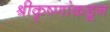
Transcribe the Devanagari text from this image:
श्रीकृष्णांकडून